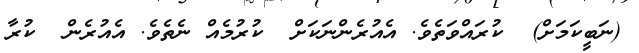
(ނަބީކަމަށް)  ކުރައްވަތެވެ. އެއުރެންނަކަށް  ކުރުމެއް ނެތެވެ. އެއުރެން  ކުރާ